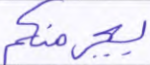
يجرمنكم